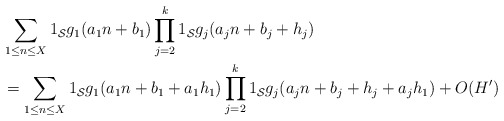
\begin{align*}&\sum_{1 \leq n \leq X} 1_{\mathcal S} g_1(a_1 n + b_1) \prod_{j=2}^k 1_{\mathcal S} g_j(a_j n + b_j + h_j) \\&= \sum_{1 \leq n \leq X} 1_{\mathcal S} g_1(a_1 n + b_1 + a_1 h_1) \prod_{j=2}^k 1_{\mathcal S} g_j(a_j n + b_j + h_j + a_j h_1) + O( H' )\end{align*}